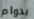
بدوام